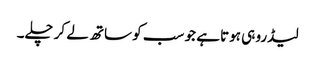
لیڈرو ہی ہوتا ہے جو سب کو ساتھ لے کر چلے۔